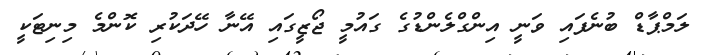
ލަމްޕާޑް ބުނެފައި ވަނީ އިންގްލެންޑުގެ ގައުމީ ޖޯޒީގައި އޭނާ ހޭދަކުރި ކޮންމެ މިނިޓަކީ